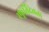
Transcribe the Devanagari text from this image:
स्फूर्तिदेवता